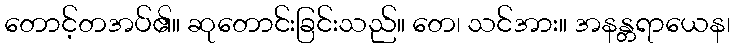
တောင့်တအပ်၏။ ဆုတောင်းခြင်းသည်။ တေ၊ သင်အား။ အနန္တရာယေန၊